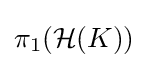
\pi _{1}({\mathcal {H}}(K))